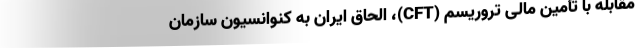
مقابله با تأمین مالی تروریسم (CFT)، الحاق ایران به کنوانسیون سازمان